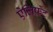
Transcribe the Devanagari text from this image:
ऐलिफ़ेंट